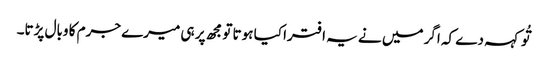
تُو کہہ دے کہ اگر میں نے یہ افترا کیا ہوتا تو مجھ پر ہی میرے جرم کا وبال پڑتا۔